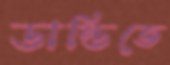
ডান্ডিতে